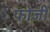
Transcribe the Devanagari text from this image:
फोजी